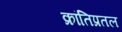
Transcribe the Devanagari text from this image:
क्रांतिप्रतल